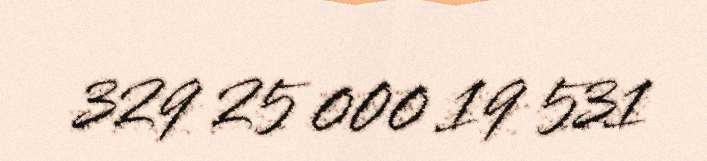
329 25 000 19 531